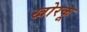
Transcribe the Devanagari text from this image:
खोरकू